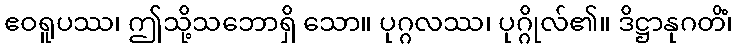
ဧဝရူပဿ၊ ဤသို့သဘောရှိ သော။ ပုဂ္ဂလဿ၊ ပုဂ္ဂိုလ်၏။ ဒိဋ္ဌာနုဂတိံ၊